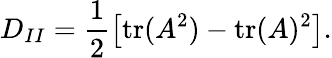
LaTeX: D_{II}=\frac{1}{2}\left[\mathrm{tr}(A^{2})-\mathrm{tr}(A)^{2}\right].